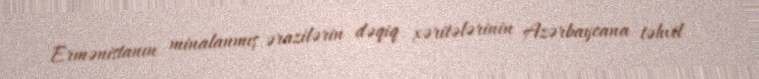
Ermənistanın minalanmış ərazilərin dəqiq xəritələrinin Azərbaycana təhvil